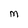
Character: M